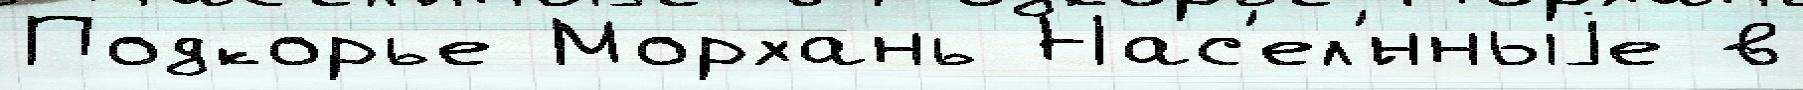
Подкорье Морхань Нас'ел'́нныjе в